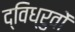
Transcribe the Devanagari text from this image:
द्विध्रुवों